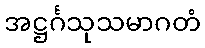
အဋ္ဌင်္ဂသုသမာဂတံ